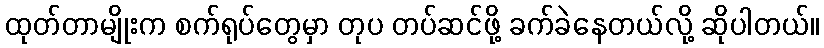
ထုတ်တာမျိုးက စက်ရုပ်တွေမှာ တုပ တပ်ဆင်ဖို့ ခက်ခဲနေတယ်လို့ ဆိုပါတယ်။